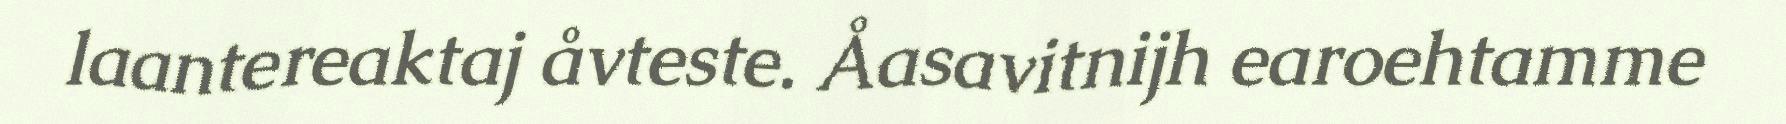
laantereaktaj åvteste. Åasavitnijh earoehtamme